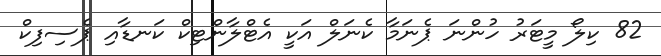
82 ކިލޯ މީޓަރު ހުންނަ ޕެނަމާ ކެނަލް އަކީ އެޓްލާންޓިކް ކަނޑާއި ޕެސިފިކް